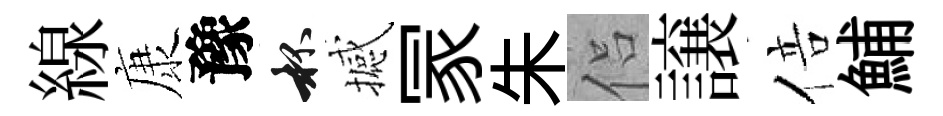
線康豫杯撼冡朱侣譲倍鯆